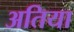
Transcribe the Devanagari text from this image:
अतिया